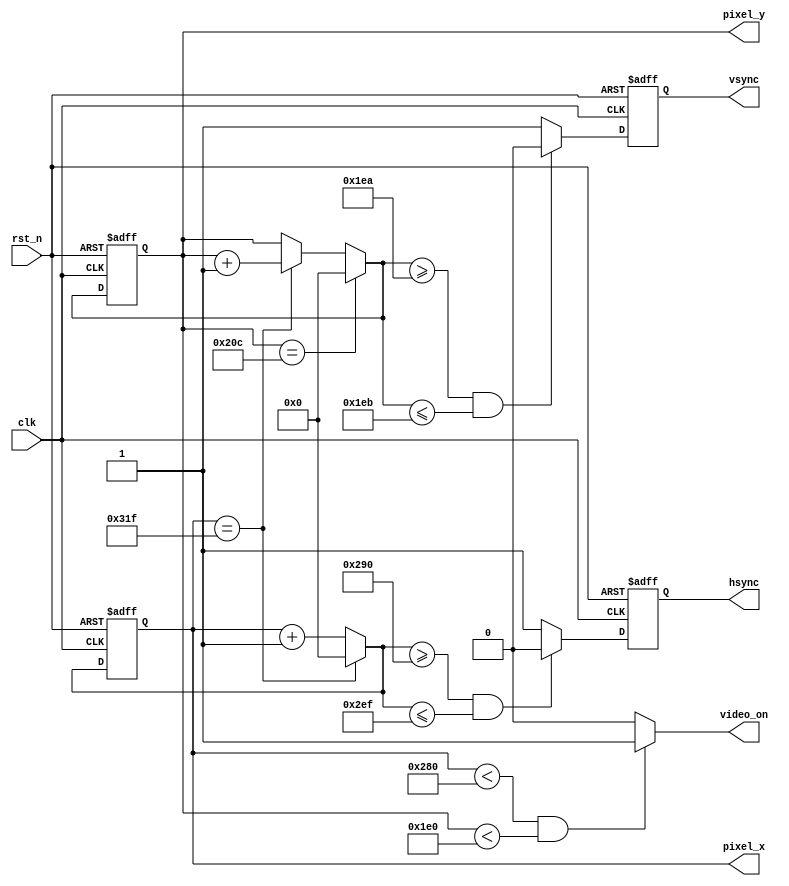
`timescale 1ns / 1ps

module vga_core(
	input wire clk,rst_n, //clock must be 25MHz for 640x480 30fps
	output wire hsync,vsync,
	output reg video_on,
	output wire[11:0] pixel_x,pixel_y
    );		//650x480 parameters
	 localparam HD=640, //Horizontal Display
					HR=16, //Right Border
					HRet=96, //Horizontal Retrace
					HL=48, //Left Border
					
					VD=480, //Vertical Display
					VB=10, //Bottom Border
					VRet=2, //Vertical Retrace
					VT=33; //Top Border
	reg[11:0] vctr_q=0,vctr_d; //counter for vertical scan
	reg[11:0] hctr_q=0,hctr_d; //counter for vertical scan
	reg hsync_q=0,hsync_d;
	reg vsync_q=0,vsync_d;
	//vctr and hctr register operation
	always @(posedge clk,negedge rst_n) begin
		if(!rst_n) begin
			vctr_q<=0;
			hctr_q<=0;
			vsync_q<=0;
			hsync_q<=0;
		end
		else begin
			vctr_q<=vctr_d;
			hctr_q<=hctr_d;
			vsync_q<=vsync_d;
			hsync_q<=hsync_d;
		end
	end
	
	always @* begin
		vctr_d=vctr_q;
		hctr_d=hctr_q;
		video_on=0;
		hsync_d=1; 
		vsync_d=1; 
		
		if(hctr_q==HD+HR+HRet+HL-1) hctr_d=0; //horizontal counter
		else hctr_d=hctr_q+1'b1;
		
		if(vctr_q==VD+VB+VRet+VT-1) vctr_d=0; //vertical counter
		else if(hctr_q==HD+HR+HRet+HL-1) vctr_d=vctr_q+1'b1;
		
		if(hctr_q<HD && vctr_q<VD) video_on=1; //video_on 
		
		if( (hctr_d>=HD+HR) && (hctr_d<=HD+HR+HRet-1) ) hsync_d=0; //horizontal sync 
		if( (vctr_d>=VD+VB) && (vctr_d<=VD+VB+VRet-1) ) vsync_d=0; //vertical sync
				
	end
		assign vsync=vsync_q;
		assign hsync=hsync_q;
		assign pixel_x=hctr_q;
		assign pixel_y=vctr_q;

endmodule